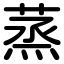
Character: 蒸